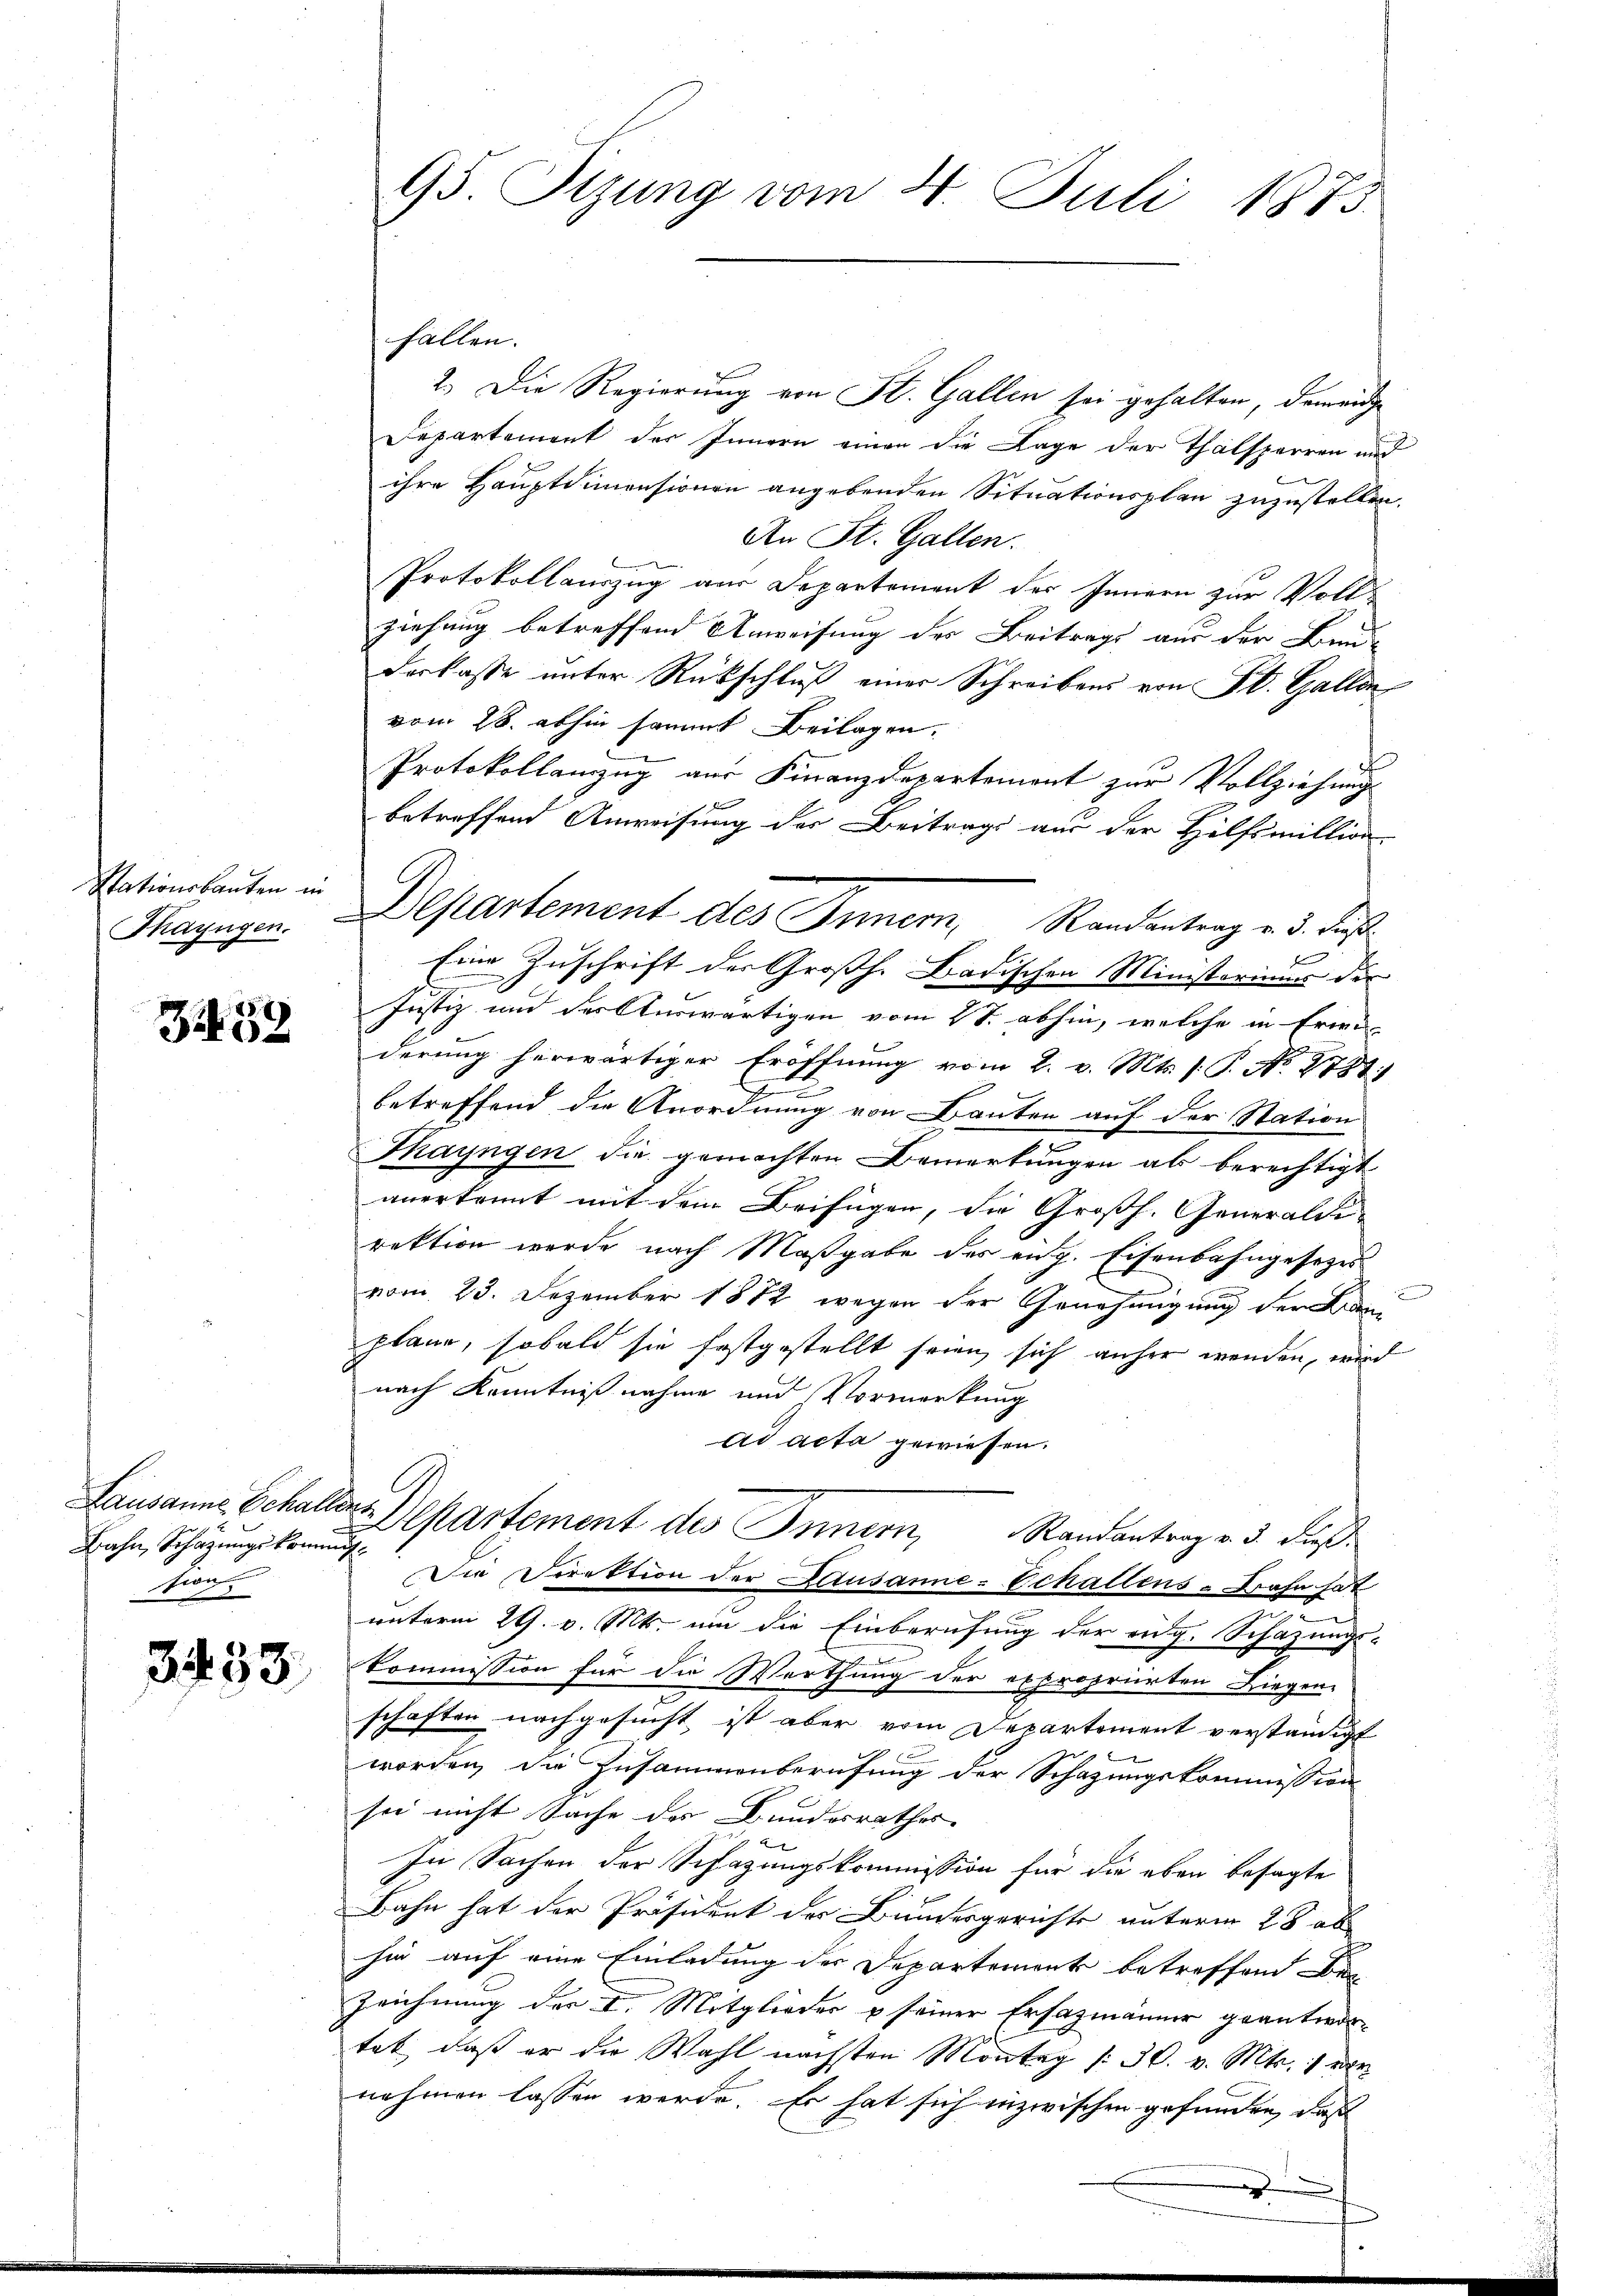
Stationsbauten in

3459

Bahn, Schazungskommung
zwif

3453.

95 Sizung vom 4. Juli 1873.

fallen.
2.) Die Regierung von St. Gallen sei gehalten, demeinde
Departement des Innern einen die Lage der Thalsperren und

ihre Hauptdimensionen angebenden Situationsplan zuzustellen.
An St. Gallen.
Protokollauszug aus Departement des Innern zur Voll-
ziehung betreffend Anweisung des Beitrage aus der Bau-
derkasse unter Rückschluß einer Schreibens von St. Gallen
vom 28. abhin sammt Beilagen.
Protokollamzug aus Finanzdepartement zur Vollziehungs
betreffend Anweisung des Beitrags aus der Hilfsmillion-
Eine Zuschrift der Großh. Badischen Ministerium der
Justiz und der Auswärtigen vom 27. abhin, welche in Erwiderung herwärtiger Eröffnung vom 2. v. Mts. f. P. No 1787.)
.
betreffend die Anordnung von Bauten auf der Station
Thayngen die gemachten Bemerkungen als berechtigt
anerkannt mit dem Beifügen, die Großh. Generaldi-
rektion wurde nach Maßgabe des eidg. Eisenbahngesezes
vom 23. Dezember 1882 wegen der Genehmigung der
plane, sobald sie festgestellt seien sich anher wenden, wird
nach Kenntnißnahme und Vormerkung
ad acta gewiesen.
Lausanne Schaller Departement des Innern, Randantrag v. 3. dieß¬
Die Direktion der Lausanne-Echallens-Bahn hat
unterm 29. v. Mts. um die Einberufung der eng. Schazungs-
kommission für die Werthung der expropriirten Liegen-
schaften nachgesucht, ist aber vom Departement verständigt
c
worden, die Zusammenberufung der Schazungskommission
see nicht Sache der Bundesrathes
In Sachen der Schazungskommission für die eben besagte
Bahn hat der Präsident der Bundesgerichte unterm 28 ab
hie auf eine Einladung des Departement betreffend den
Zeichnung der I. Mitglieder u seiner Ersazmänner geantwortat, daß er die Wahl nächsten Montag 30. v. Mts. 1 ver
nehmen lassen werde. Es hat sich inzwischen gefunden, daß

Thayngen. Departement des Inner, Randantrag v. 3. des